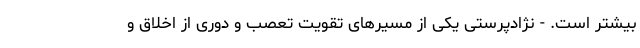
بیشتر است. - نژادپرستی یکی از مسیرهای تقویت تعصب و دوری از اخلاق و